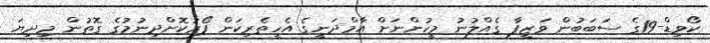
ކޯވިޑް-19ގެ ސަބަބުން ވަޒީފާ ގެއްލުނު މީހުންނަށް އާމްދަނީގެ އެހީތެރިކަން ފޯރުކޮށްދިނުމުގެ ގޮތުން މިދިޔަ